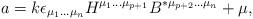
LaTeX: \begin{align*}a=k\epsilon_{\mu_1\ldots \mu_n}H^{\mu_1 \ldots\mu_{p+1}}B^{*\mu_{p+2} \ldots \mu_n} +\mu,\end{align*}